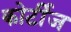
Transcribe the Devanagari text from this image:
कोर्टीज